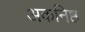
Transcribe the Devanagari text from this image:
अकनिष्ठ